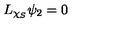
L _ { \chi _ { S } } \psi _ { 2 } = 0